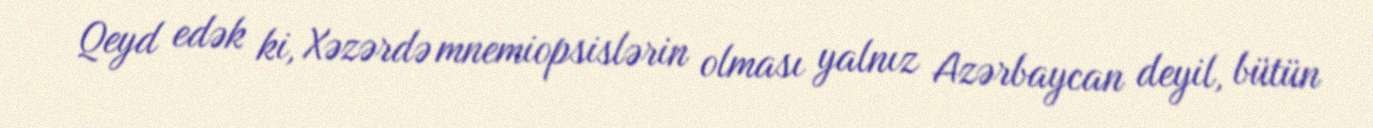
Qeyd edək ki, Xəzərdə mnemiopsislərin olması yalnız Azərbaycan deyil, bütün